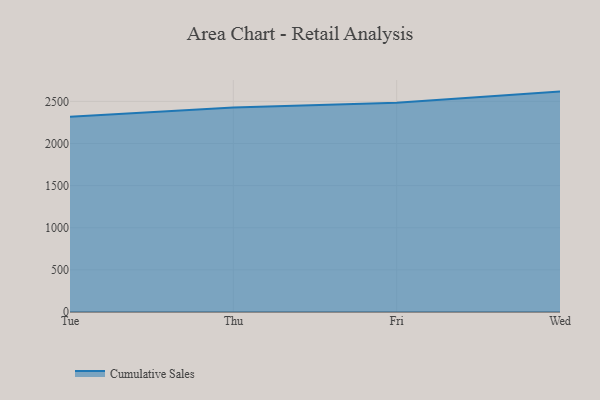
{"axis": {"x": "Day", "y": "Page Views"}, "legend": ["Cumulative Sales"], "data": [{"x": "Tue", "y": 2318.2, "type": "Cumulative Sales"}, {"x": "Thu", "y": 2428.8, "type": "Cumulative Sales"}, {"x": "Fri", "y": 2482.4, "type": "Cumulative Sales"}, {"x": "Wed", "y": 2616.1, "type": "Cumulative Sales"}]}